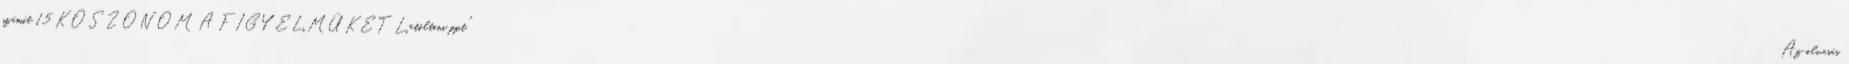
számít 15 KÖSZÖNÖM A FIGYELMÜKET Letölteni ppt "Az olvasás